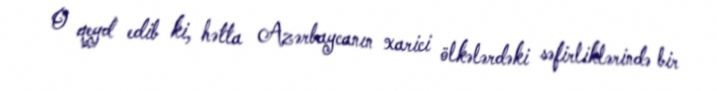
O qeyd edib ki, hətta Azərbaycanın xarici ölkələrdəki səfirliklərində bir